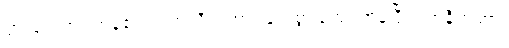
ပွားများအပ်ကုန်၏။ ဗဟုလီကတာ၊ များစွာပြုအပ်ကုန်ပြီ။ ယာနီကတာ၊